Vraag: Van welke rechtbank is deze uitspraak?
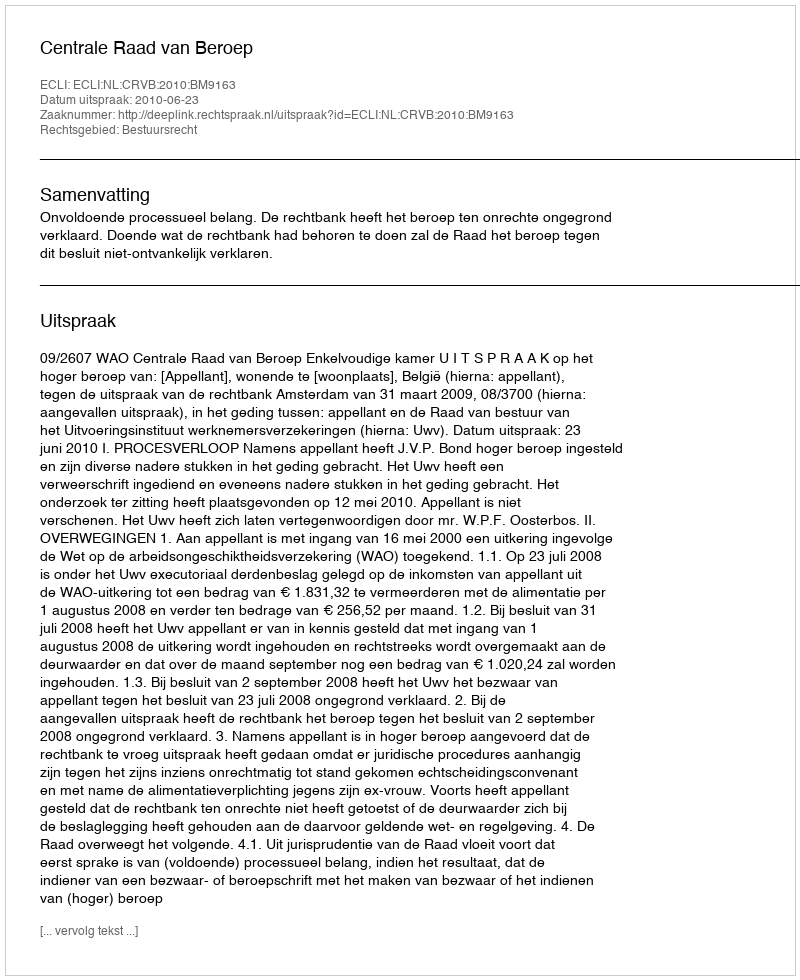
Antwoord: Centrale Raad van Beroep